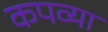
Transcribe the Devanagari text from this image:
कपव्या